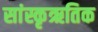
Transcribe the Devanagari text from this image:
सांस्कृऋतिक